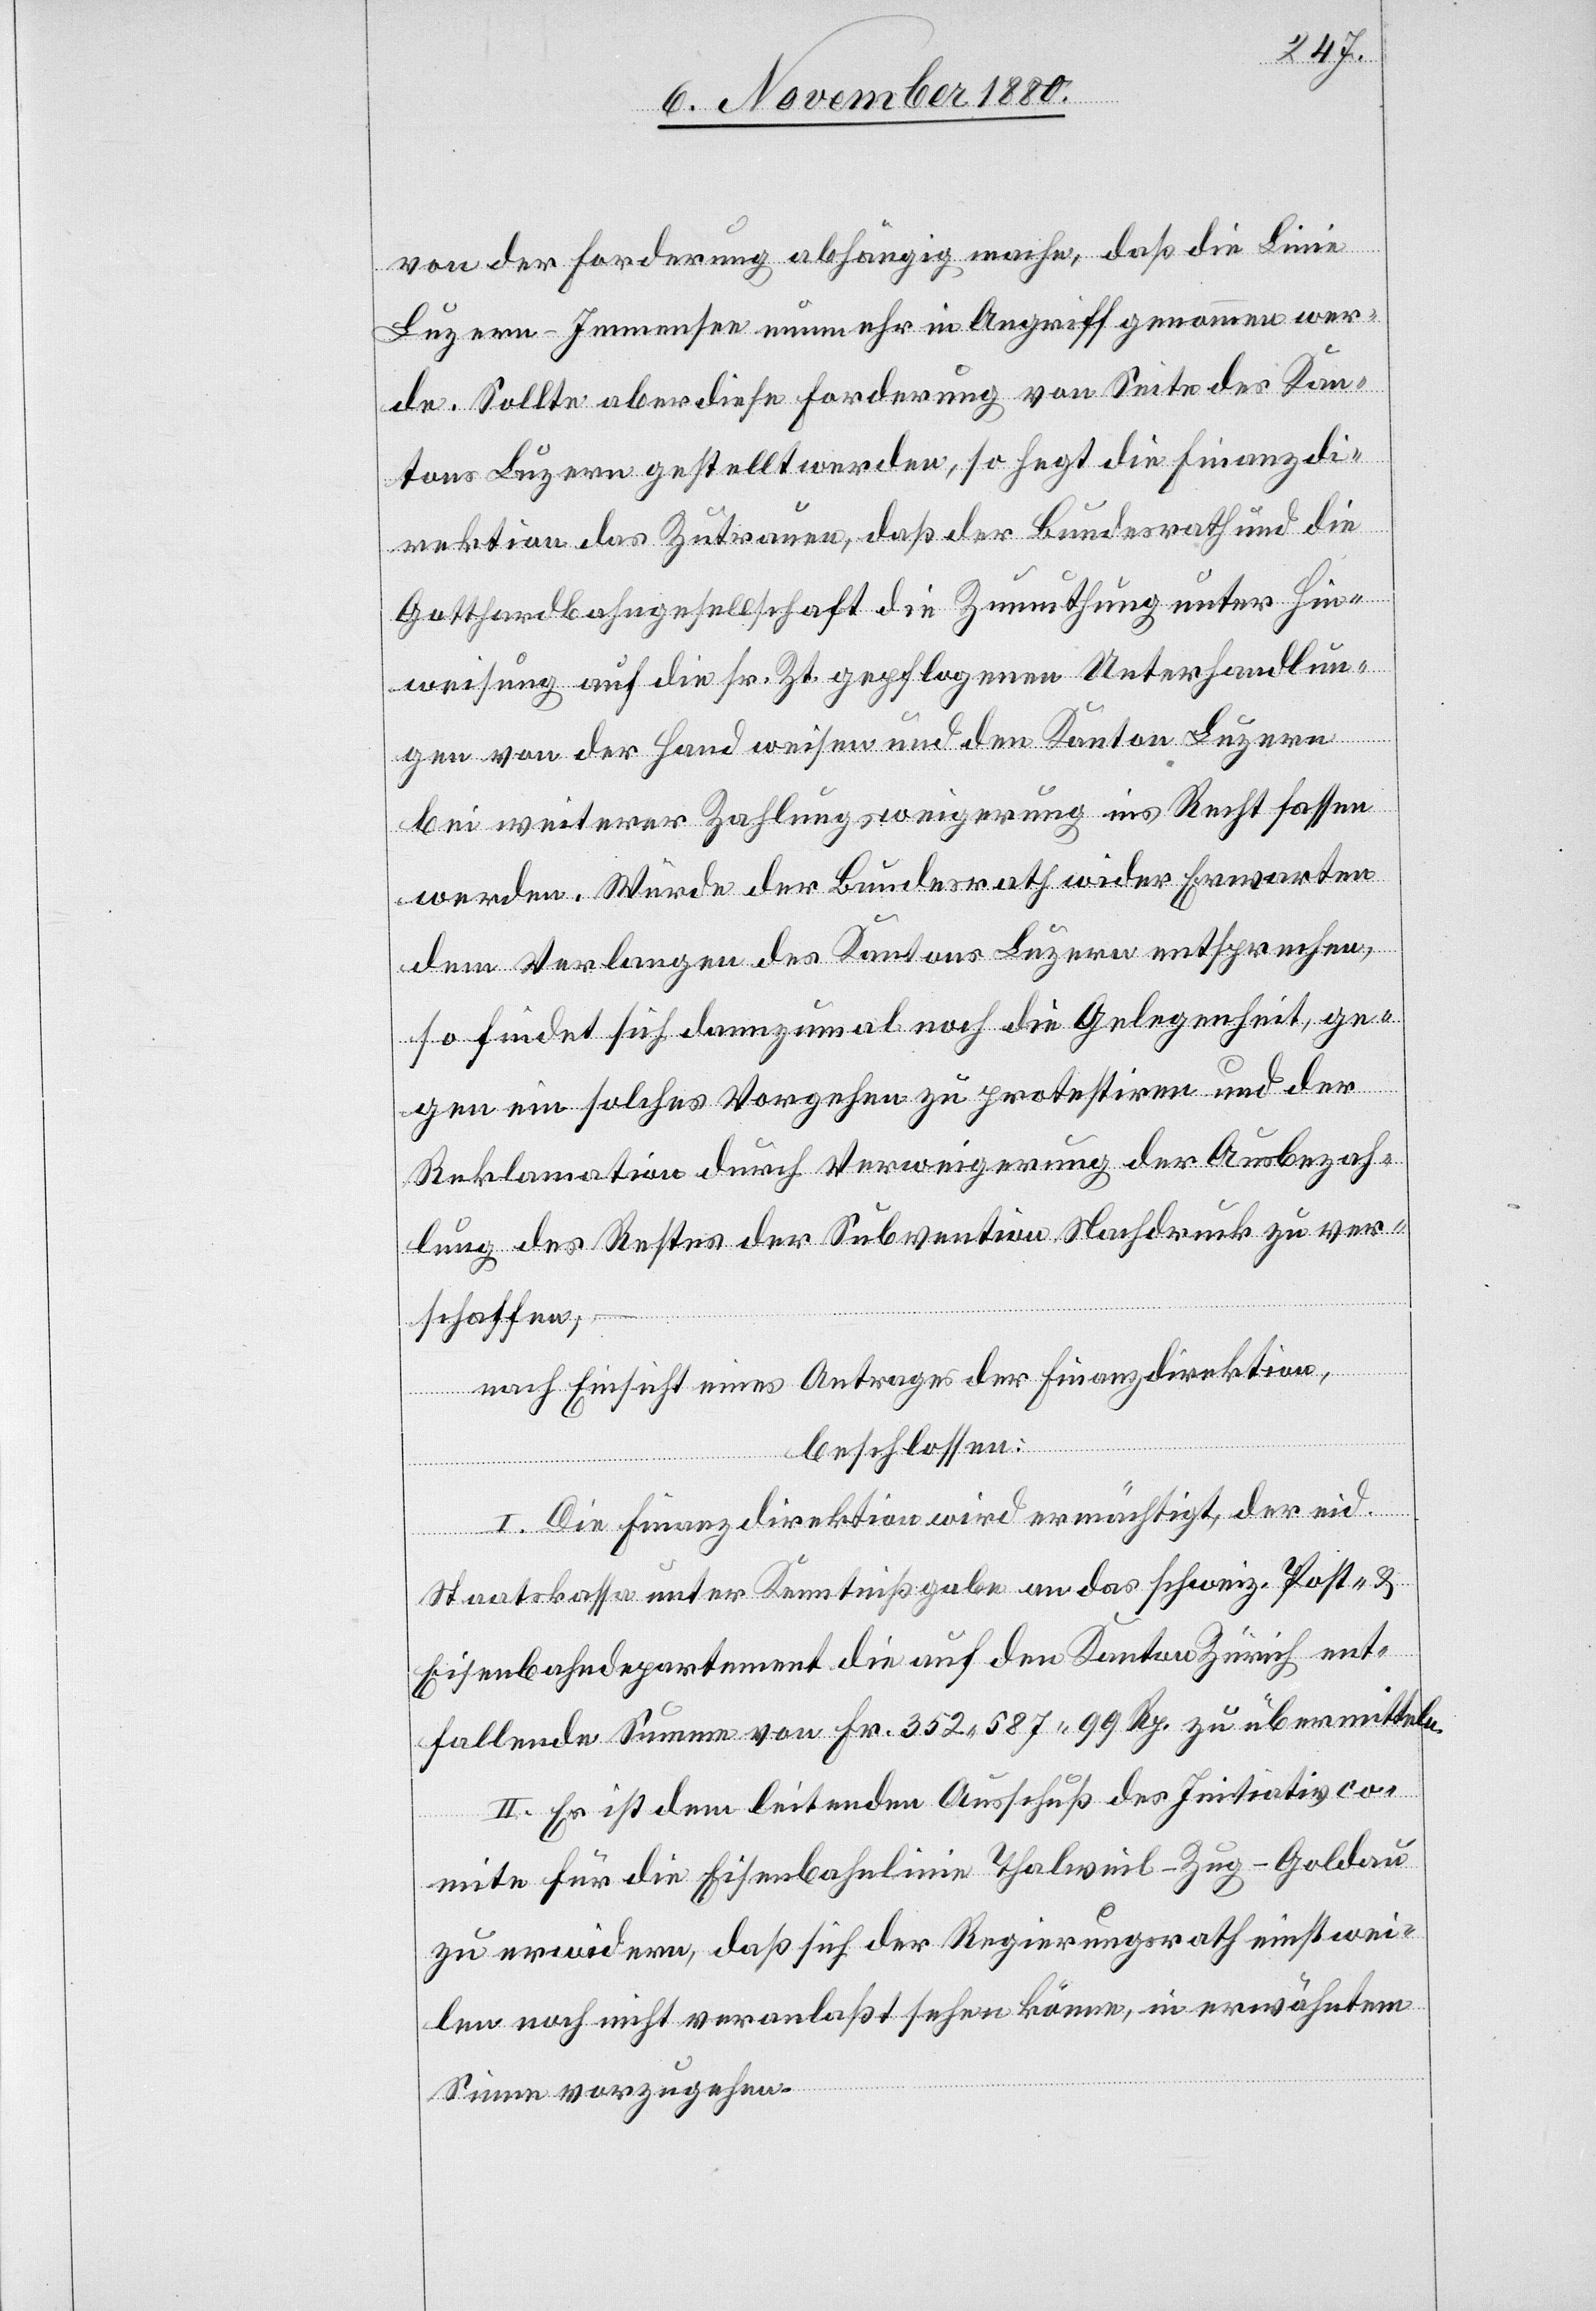
von der Forderung abhängig mache, daß die Linie
Luzern–Immensee nunmehr in Angriff genommen wer¬
de. Sollte aber diese Forderung von Seite des Kan¬
tons Luzern gestellt werden, so hegt die Finanzdi¬
rektion das Zutragen, daß der Bundesrath und die
Gotthardbahngesellschaft die Zumuthung unter Hin¬
weisung auf die sr. Zt. gepflogenen Unterhandlun¬
gen von der Hand weisen und den Kanton Luzern
bei weiterer Zahlungsweigerung ins Recht fassen
werden. Würde der Bundesrath wider Erwarten
dem Verlangen des Kantons Luzern entsprechen,
so findet sich dannzumal noch die Gelegenheit, ge¬
gen ein solches Vorgehen zu protestiren und der
Reklamation durch Verweigerung der Ausbezah¬
lung des Rechtes der Subvention Nachdruck zu ver¬
schaffen,
nach Einsicht eines Antrages der Finanzdirektion,
beschlossen:
I. Die Finanzdirektion wird ermächtigt, der eid.
Staatskassa unter Kenntnißgabe an das schweiz. Post- &
Eisenbahndepartement die auf den Kanton Zürich ent¬
fallende Summe von Fr. 352,587 99 Rp. zu übermitteln.
II. Es ist dem leitenden Ausschuß des Initiativco¬
mite für die Eisenbahnlinie Thalweil–Zug–Goldau
zu erwidern, daß sich der Regierungsrath einstwei¬
len noch nicht veranlaßt sehen könne, in erwähntem
Sinne vorzugehen.